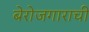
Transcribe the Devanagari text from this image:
बेरोजगाराची